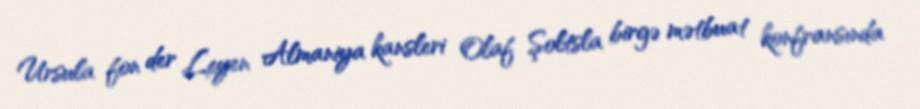
Ursula fon der Leyen Almaniya kansleri Olaf Şoltsla birgə mətbuat konfransında